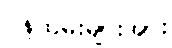
ဝန်ထမ်းများအား